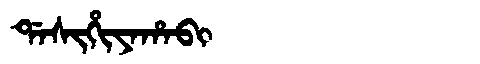
Manchu: ᡩᠠᠰᡳᡥᡳᠶᠠᡥᠠᠪᡳ
Romanization: DASIHIYAHABI